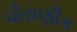
પૌરાણીક